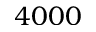
4 0 0 0